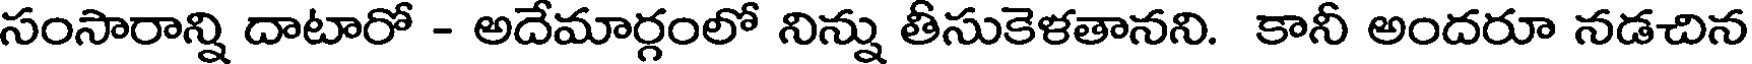
సంసారాన్ని దాటారో - అదేమార్గంలో నిన్ను తీసుకెళతానని. కానీ అందరూ నడచిన